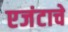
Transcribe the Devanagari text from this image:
एजंटाचे